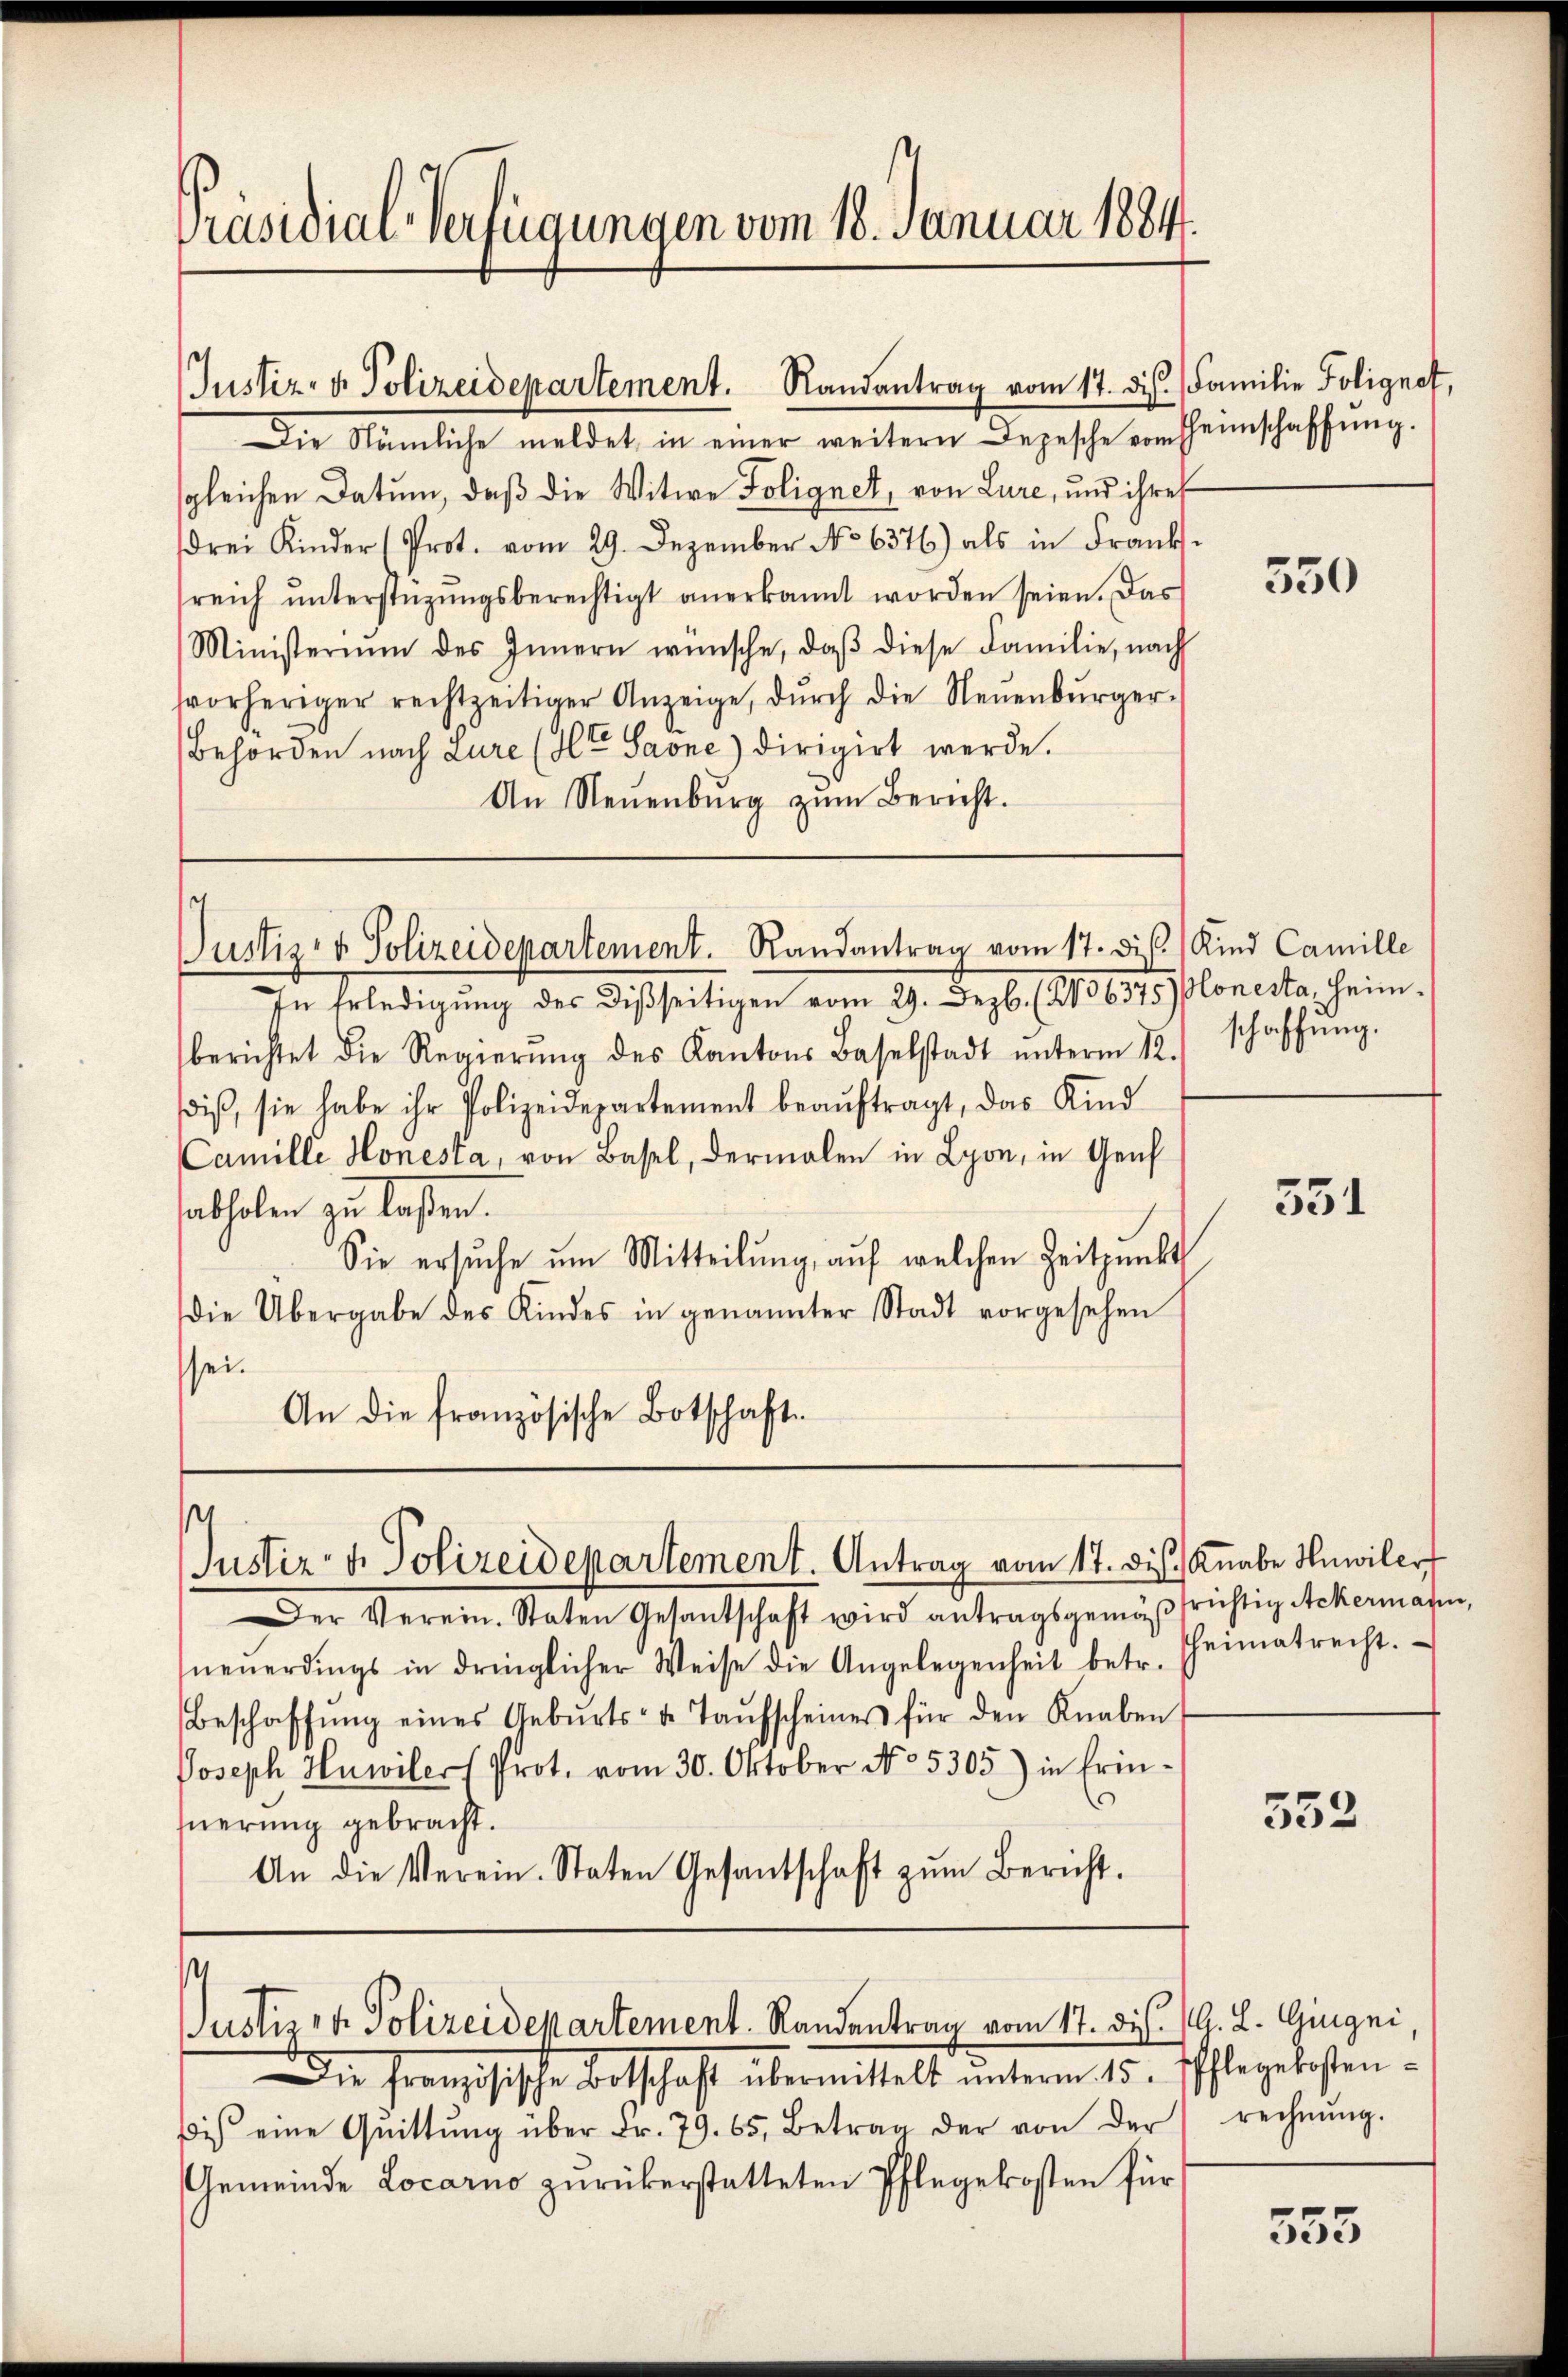
Präsidial-Verfügungen vom 18. Januar 1884.

Justiz- & Polizeidepartement. Randantrag vom 17. ds. Familie Folignet,

Justiz- & Polizeidepartement. Randantrag vom 17. dis Kind Camille

¬
Justiz- & Polizeidepartement. Antrag vom 17. Dis Knabe Huwiler

Die Nämliche meldet, in einer weitern Depesche vom Heimschaffŭng.
sgleichen Datum, daß die Witwe Folignet, von Lure, und ihres
drei Kinder (Prot. vom 29. Dezember No 6376) als in Frank-
reich ŭnterstützŭngsberechtigt anerkannt worden seien. Das
Ministerium des Innern wünsche, daβ diese Familie, nach
fvorheriger rechtzeitiger Anzeige, dŭrch die Neŭenbŭrger-
Behörden nach Zure (lt. Saone) dirigirt werde.
An Neuenburg zŭm Bericht.

In Erledigung des dießseitigen vom 9. Dezb. 18706375 floresta heim.
berichtet die Regierŭng des Kantons Baselstadt ŭnterm 12.
dis, sie habe ihr Polizeidepartement beaŭftragt, das Kind
Camille Honesta, von Basel, dermalen in Lyon, in Genf
abholen zu laßen.
Sie ersŭche um Mitteilung, auf welchen Zeitpunkt
die Übergabe des Kindes in genannter Stadt vorgesehen
sei.
An die französische Botschaft

Justiz & Polizeidepartement. Randantrag vom 17. ds. G. L. Gingni,

Der Verein. Staten Gesantschaft wird antragsgemäβ frichtig Ackermaßen,
neŭerdings in dringlicher Weise die Angelegenheit betr. Theimatrecht.
Beschaffŭng eines Gebŭrts- u. Taŭfscheines für den Knaben
Joseph Huwiler Prot. vom 30. Oktober No. 5305) in Erin-
suerung gebracht.
An die Verein. Staten Gesantschaft zŭm Bericht.

Die Französische Botschaft übermittelt unterm 15. Pflegekosten-
i eine Quittŭng über Fr. 79. 65. Betrag der von der
Gemeinde Locarno zurükerstatteten Pflegekosten für

550

schaffung.

551

552

rechnung.

555